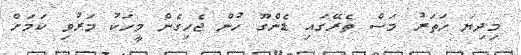
މިދިޔަ ހަތަރު މަސް ތެރޭގައި ޑެންގޫ ހުން ޖެހިގެން މީހަކު މަރުވި ކަމަށް